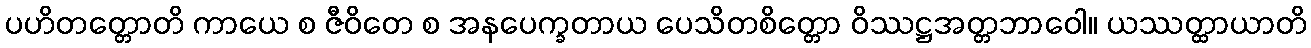
ပဟိတတ္တောတိ ကာယေ စ ဇီဝိတေ စ အနပေက္ခတာယ ပေသိတစိတ္တော ဝိဿဋ္ဌအတ္တဘာဝေါ။ ယဿတ္ထာယာတိ